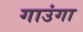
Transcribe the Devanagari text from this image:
गाउंगा